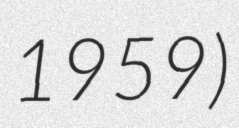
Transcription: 1959)